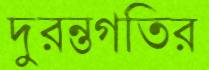
দুরন্তগতির